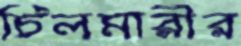
চিলমারীর